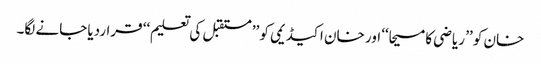
خان کو ’’ ریاضی کا مسیحا‘‘ اور خان اکیڈیمی کو ’’ مستقبل کی تعلیم‘‘ قراردیا جانے لگا۔